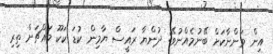
އިން ވަންނާކަށް ބޭނުމެއްނުވޭ: ދުންޔާ ރައީސް ޔާމިން ކުޑަ ކަކޫ މައްޗަށް ތިރި